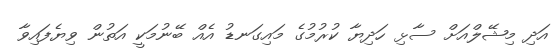
އަދި މިޝޭލްއަށް ސާޅި ހަދިޔާ ކުރުމުގެ މައިގަނޑު އެއް ބޭނުމަކީ އަތުން ވިޔެފައިވާ